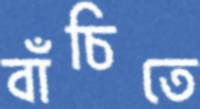
বাঁচিতে